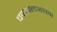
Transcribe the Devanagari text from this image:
चपखलअथवा